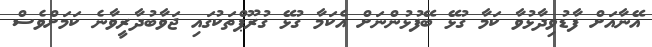
އޭނާއަށް ފާޑުވިދާޅުވާ ކަމާ ގުޅޭ ބޭފުޅުންނަށް އެކަމާ ގުޅޭ ގުރޫޕްތަކުގައި ޖަވާބުދާރީވާނެ ކަމަށްވެސް